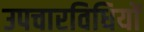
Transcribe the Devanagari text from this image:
उपचारविधियों